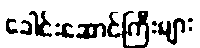
ခေါင်းဆောင်ကြီးများ